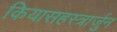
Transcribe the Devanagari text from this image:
कियासहस्त्रार्जुन